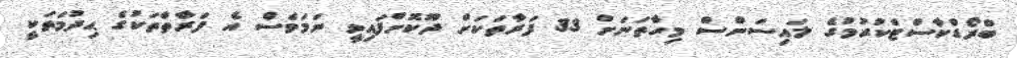
ބްރޯޑްކާސްޓްކުރުމުގެ ލައިސަންސް މިހާތަނަށް 33 ފަރާތަކަށް ދޫކޮށްފައިވީ ނަމަވެސް އެ ފަރާތްތަކުގެ ޙިދުމަތަކީ